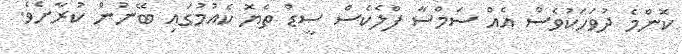
ކޮންމެ ދުވަަހަކުވެސް އެއް ސަމްސާ ފްލެކެސް ސީޑް ތެޔޮ ކެއުުމުގައި ބޭނުން ކުރާށެވެ.